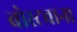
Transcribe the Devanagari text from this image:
बोस्टवाना